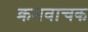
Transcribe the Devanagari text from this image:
क्रमवाचक